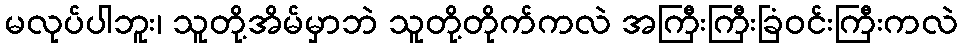
မလုပ်ပါဘူး၊ သူတို့အိမ်မှာဘဲ သူတို့တိုက်ကလဲ အကြီးကြီးခြံဝင်းကြီးကလဲ